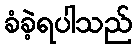
ခံခဲ့ရပါသည်